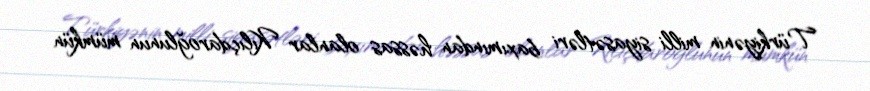
Türkiyənin milli siyasətləri baxımından həssas olanlar Kılıçdaroğlunun mümkün